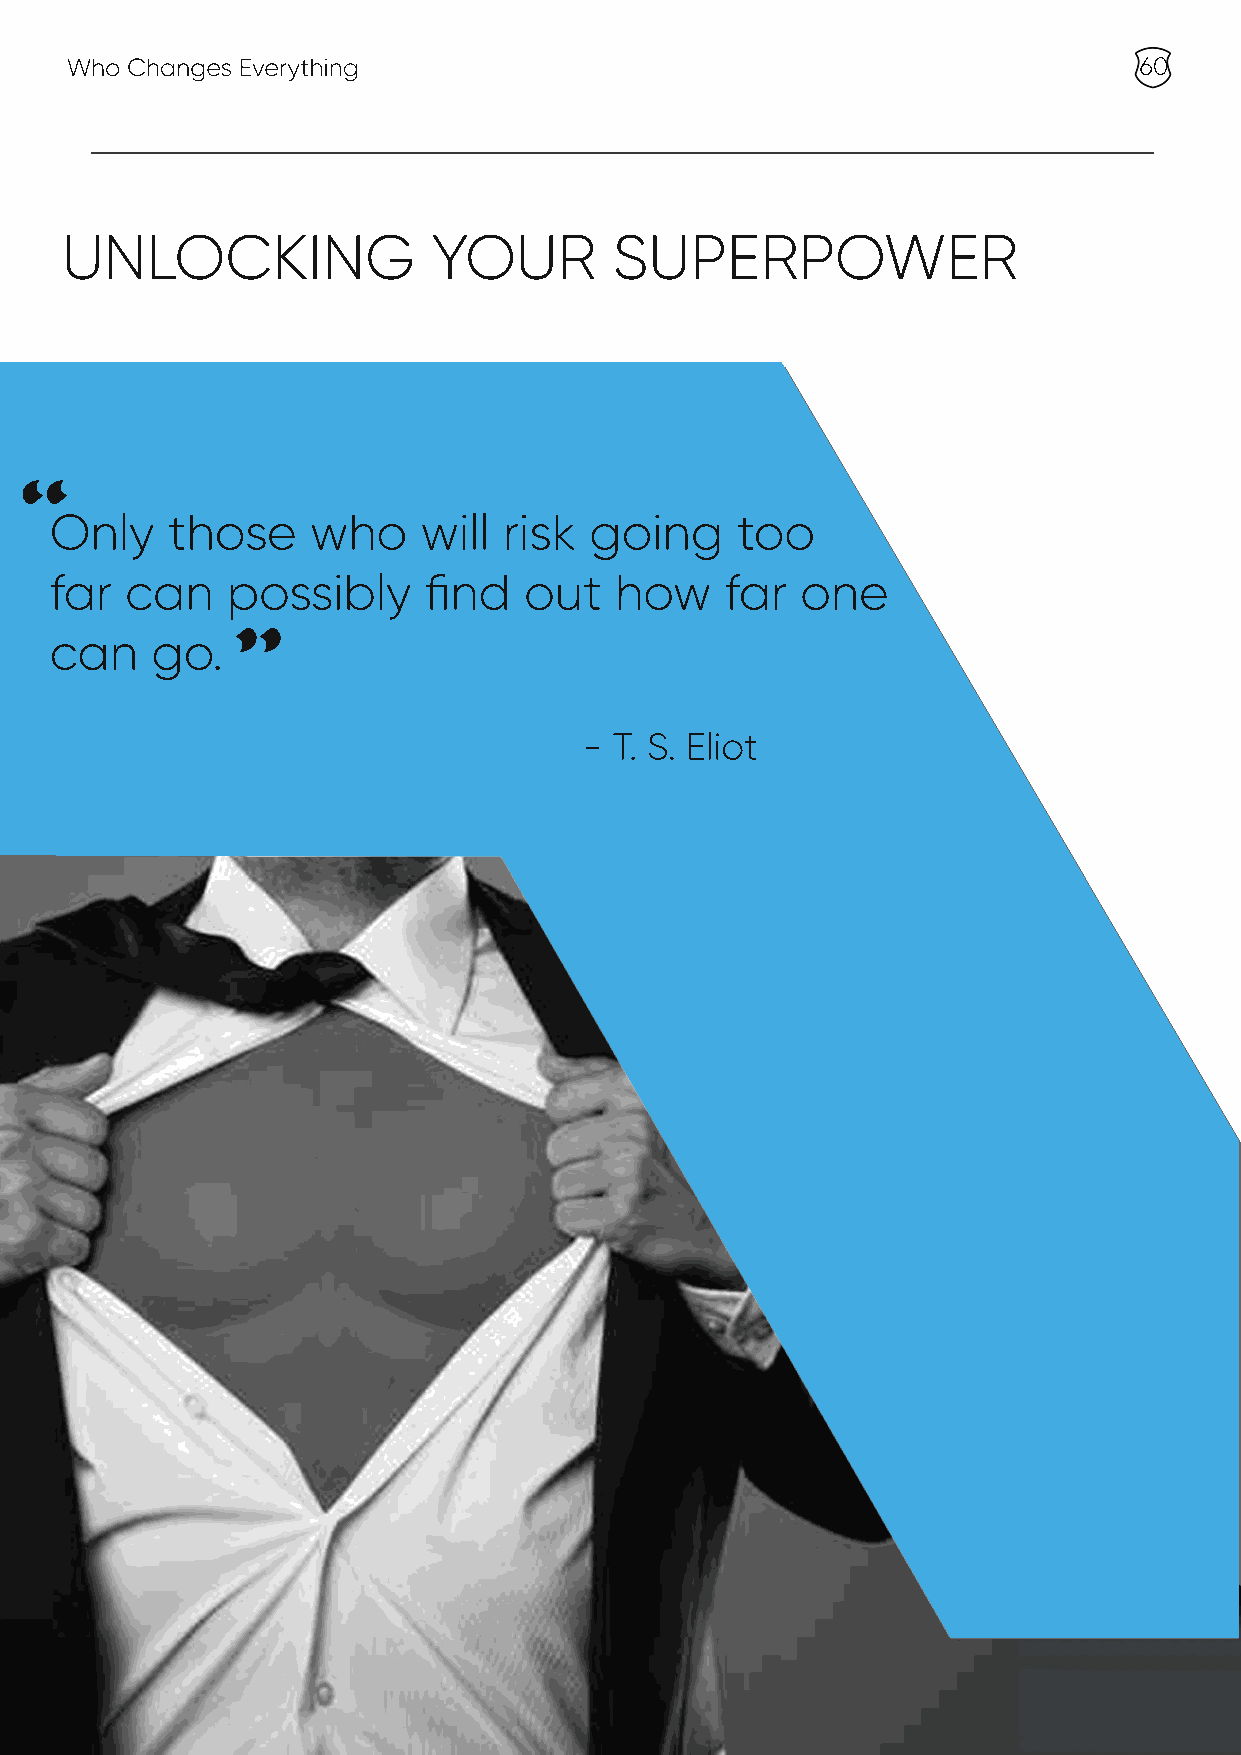
Who Changes Everything                                                 60
 UNLOCKING                YOUR        SUPERPOWER
 “
 Only    those     who    will risk  going     too
 far  can    possibly     find   out   how    far  one
 can    go.
 ”
 - T. S. Eliot